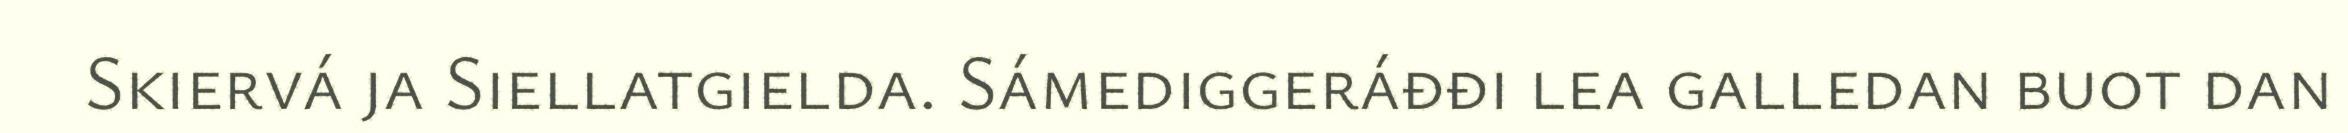
Skiervá ja Siellatgielda. Sámediggeráđđi lea galledan buot dan